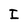
Character: I